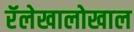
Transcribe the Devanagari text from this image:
रॅलेखालोखाल